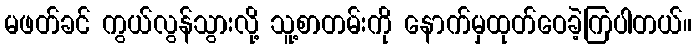
မဖတ်ခင် ကွယ်လွန်သွားလို့ သူ့စာတမ်းကို နောက်မှထုတ်ဝေခဲ့ကြပါတယ်။